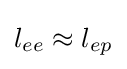
l_{ee}\approx l_{ep}